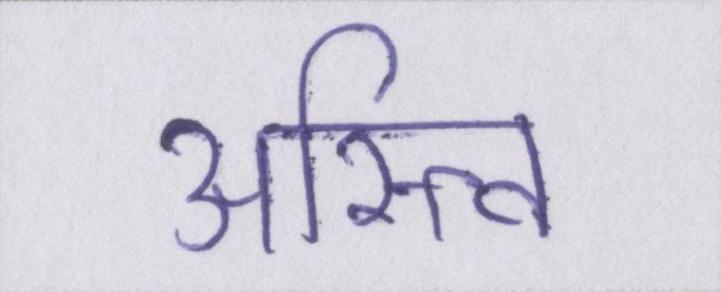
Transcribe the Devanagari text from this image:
अस्त्वि